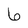
Character: 6